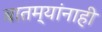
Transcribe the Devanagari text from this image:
बातम्यांनाही